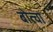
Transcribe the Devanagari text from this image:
बोत्चा